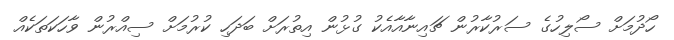
ހޯދުމަށް ސޯލިހުގެ ސަރުކާރުން ޗައިނާއާއެކު ގުޅުން އިތުރަށް ބަދަހި ކުރުމަށް ސިއްރުން ވާހަކަތަކެއް